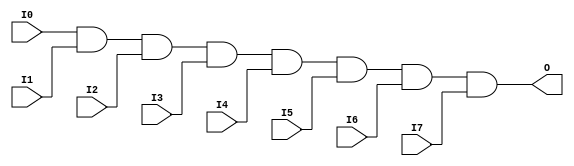
module X_AND8 (O, I0, I1, I2, I3, I4, I5, I6, I7);

  output O;
  input I0, I1, I2, I3, I4, I5, I6, I7;

  and (O, I0, I1, I2, I3, I4, I5, I6, I7);

  specify

	(I0 => O) = (0:0:0, 0:0:0);
	(I1 => O) = (0:0:0, 0:0:0);
	(I2 => O) = (0:0:0, 0:0:0);
	(I3 => O) = (0:0:0, 0:0:0);
	(I4 => O) = (0:0:0, 0:0:0);
	(I5 => O) = (0:0:0, 0:0:0);
	(I6 => O) = (0:0:0, 0:0:0);
	(I7 => O) = (0:0:0, 0:0:0);
	specparam PATHPULSE$ = 0;

  endspecify

endmodule